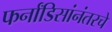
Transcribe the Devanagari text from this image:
फर्नांडिसांनंतरचे